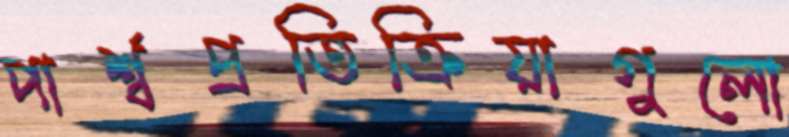
পার্শ্বপ্রতিক্রিয়াগুলো